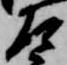
左